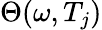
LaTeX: \Theta(\omega,T_{j})